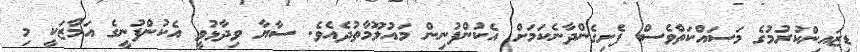
ޑިޒައިންކުރުމުގެ މަސައްކަތްވެސް ފެށިގެންދާނެކަމަށް އެކުންފުނިން މައުލޫމާތުދެއެވެ. ސާޔާ ވިދާޅުވީ އެކުންފުނީގެ އަމާޒަކީ މި